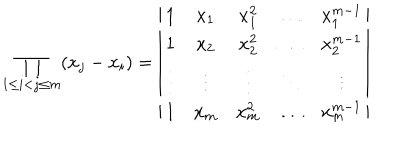
\prod _ { 1 \le i < j \le m } ( x _ { j } - x _ { i } ) = \left| \begin{array} { c c c c c } { { 1 } } & { { x _ { 1 } } } & { { x _ { 1 } ^ { 2 } } } & { { \dots } } & { { x _ { 1 } ^ { m - 1 } } } \\ { { 1 } } & { { x _ { 2 } } } & { { x _ { 2 } ^ { 2 } } } & { { \dots } } & { { x _ { 2 } ^ { m - 1 } } } \\ { { \vdots } } & { { \vdots } } & { { \vdots } } & { { \ddots } } & { { \vdots } } \\ { { 1 } } & { { x _ { m } } } & { { x _ { m } ^ { 2 } } } & { { \dots } } & { { x _ { m } ^ { m - 1 } } } \\ \end{array} \right|